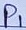
Text: P1